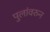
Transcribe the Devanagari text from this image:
पुलांवरुन